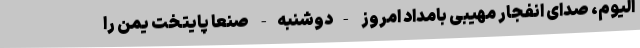
الیوم، صدای انفجار مهیبی بامداد امروز -دوشنبه- صنعا پایتخت یمن را